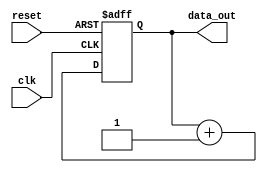
module example_module (
    input wire clk,
    input wire reset,
    output wire [7:0] data_out
);
    // Simple example logic (e.g., a counter)
    reg [7:0] counter;

    always @(posedge clk or posedge reset) begin
        if (reset) begin
            counter <= 8'b0;
        end else begin
            counter <= counter + 1;
        end
    end

    assign data_out = counter;
endmodule